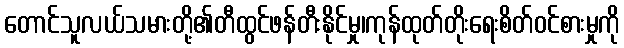
တောင်သူလယ်သမားတို့၏တီထွင်ဖန်တီးနိုင်မှု၊ကုန်ထုတ်တိုးရေးစိတ်ဝင်စားမှုကို